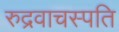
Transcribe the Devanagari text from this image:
रुद्रवाचस्पति